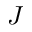
J